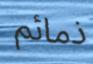
ذمائم